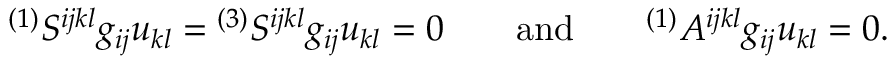
{ } ^ { ( 1 ) } S ^ { i j k l } g _ { i j } u _ { k l } = { } ^ { ( 3 ) } S ^ { i j k l } g _ { i j } u _ { k l } = 0 \qquad \mathrm { a n d } \qquad { } ^ { ( 1 ) } A ^ { i j k l } g _ { i j } u _ { k l } = 0 .